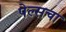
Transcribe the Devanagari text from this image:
पेल्सचा